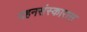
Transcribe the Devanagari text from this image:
दहनसंस्कारास